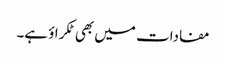
مفادات میں بھی ٹکراؤ ہے۔